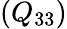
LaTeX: (Q_{33})